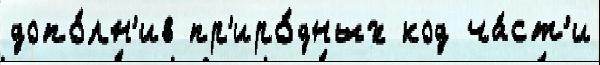
допо́лн'ив пр'иро́дных код ча́ст'и